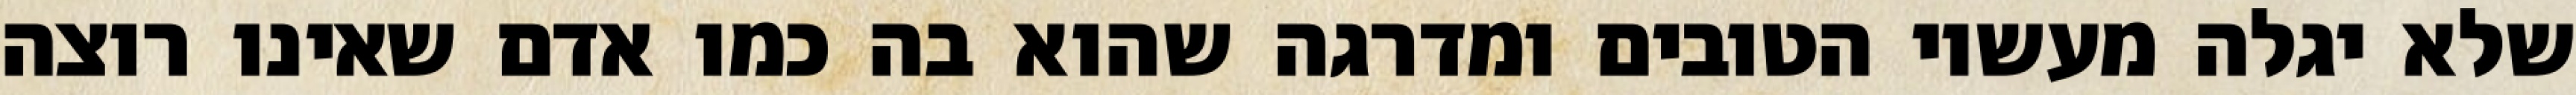
שלא יגלה מעשיו הטובים ומדרגה שהוא בה כמו אדם שאינו רוצה